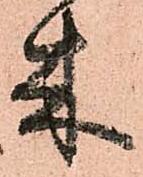
来